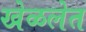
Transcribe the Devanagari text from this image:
खेळलेत